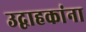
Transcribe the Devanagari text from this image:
उद्वाहकांना